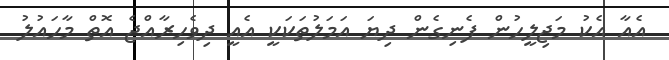
އެއާ އެކު މަޖިލީހުން ފެނިގެން ދިޔަ އަމަލުތަކަކީ އެއީ ދިވެހިރާއްޖެ އޮތް މާހައުލު